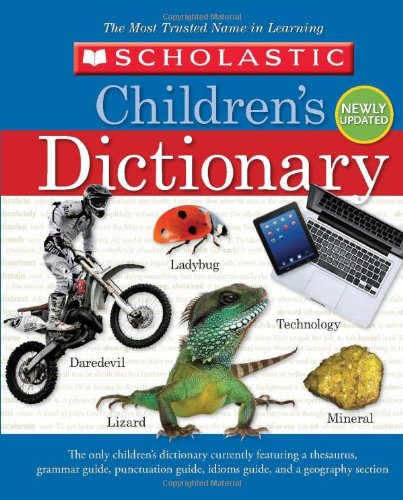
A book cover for Scholastic Children's Dictionary; Scholastic; Children's Books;